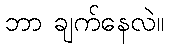
ဘာ ချက်နေလဲ။